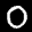
Label: 0